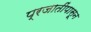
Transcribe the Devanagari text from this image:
प्रजातींपासून